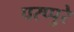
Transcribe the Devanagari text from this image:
परप्पुरे